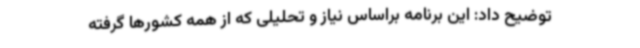
توضیح داد: این برنامه براساس نیاز و تحلیلی که از همه کشورها گرفته